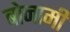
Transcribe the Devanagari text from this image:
बोनामी